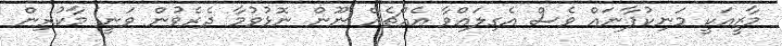
މާޒީއަކީ މަނިކުފާނައް ވެސް އެގިލައްވާ އެއްޗެއް ނޫން ނޮޅުވުމާ ދެރެވުން ވަނީ މާކުރިން